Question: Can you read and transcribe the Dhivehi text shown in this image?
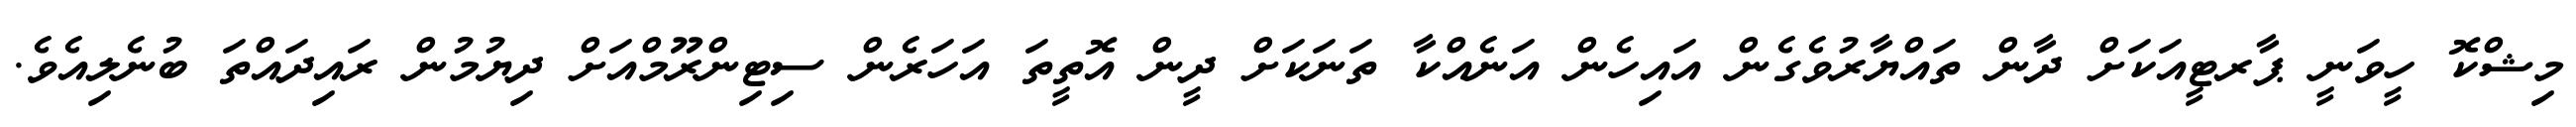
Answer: މިޝްކޮ ހީވަނީ ޕާރޓީއަކަށް ދާން ތައްޔާރުވެގެން އައިހެން އަނެއްކާ ތަނަކަށް ދީން އޮތީތަ އަހަރެން ސިޓިންރޫމްއަށް ދިޔުމުން ރައިދައްތަ ބުނެލިއެވެ.